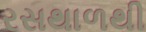
રસથાળથી